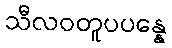
သီလဝတူပပန္နေ